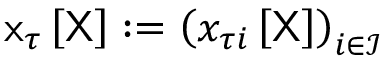
\mathsf { x } _ { \tau } \left[ \mathsf { X } \right] : = \left( x _ { \tau i } \left[ \mathsf { X } \right] \right) _ { i \in \mathcal { I } }